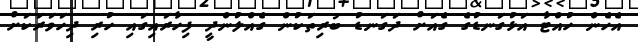
އެހެން ހުއްޓާ އަޅުގަނޑުގެ ގެއަށް ދަގަނޑު ބުރިތަކުން ގެއްލުންދީ ފިހާރައިގައި ހުރި ދިހަވަރަކަށް